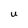
Character: U